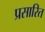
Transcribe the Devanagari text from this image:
प्रसारित